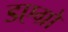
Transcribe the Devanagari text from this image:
डएग्रो